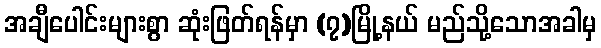
အချီပေါင်းများစွာ ဆုံးဖြတ်ရန်မှာ (၇)မြို့နယ် မည်သို့သောအခါမှ